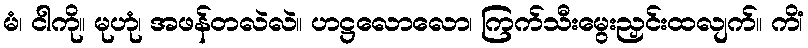
မံ၊ ငါကို။ မုဟုံ၊ အဖန်တလဲလဲ။ ဟဋ္ဌလောလော၊ ကြက်သီးမွေးညှင်းထလျက်။ ကိံ၊